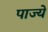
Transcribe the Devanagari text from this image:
पाज्ये